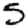
Digit: 5